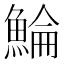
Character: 鯩